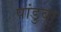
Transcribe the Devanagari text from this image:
पांडुवा